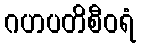
ဂဟပတိစီဝရံ